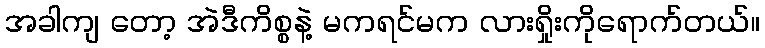
အခါကျ တော့ အဲဒီကိစ္စနဲ့ မကရင်မက လားရှိုးကိုရောက်တယ်။